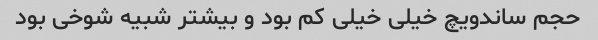
حجم ساندویچ خیلی خیلی کم بود و بیشتر شبیه شوخی بود